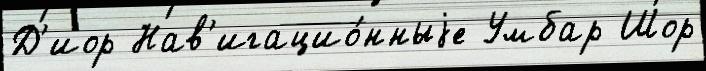
Д'иор Нав'игацио́нныjе Умбар Шор